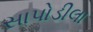
સાપોડીલા